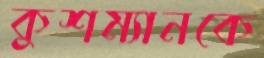
কুশম্যানকে